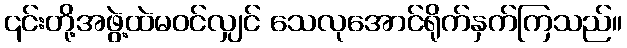
၎င်းတို့အဖွဲ့ထဲမဝင်လျှင် သေလုအောင်ရိုက်နှက်ကြသည်။